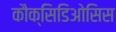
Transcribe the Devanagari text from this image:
कौक्सिडिओसिस